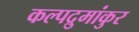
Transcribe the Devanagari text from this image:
कल्पद्रुमांकुर